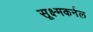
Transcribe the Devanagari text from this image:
सूक्ष्मकर्नल